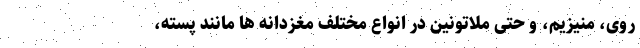
روی، منیزیم، و حتی ملاتونین در انواع مختلف مغزدانه ها مانند پسته،